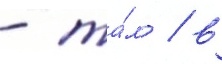
- та́м / в